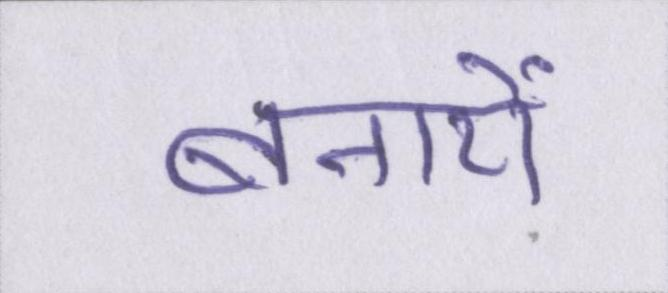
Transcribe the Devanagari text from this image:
बनायें